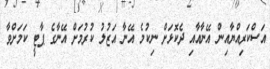
އަސްކަރިއްޔާއިން އޭނާއާއި ދެކޮޅަށް ނިކުމެ އޭނާ އަޒުލު ކުރުމަށް އޭނާގެ ޕާޓީ ކަމަށްވާ